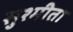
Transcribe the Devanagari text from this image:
सुश्मीता